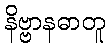
နိဗ္ဗာနဓာတူ